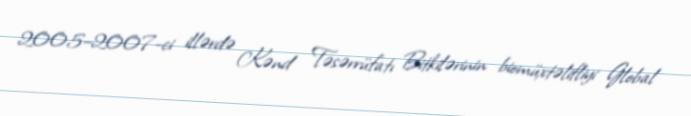
2005–2007-ci illərdə Kənd Təsərrüfatı Bitkilərinin biomüxtəlifliyi Global